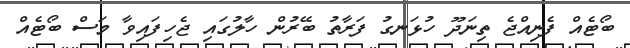
ބޯޓެއް ފެނިއްޖެ ތިނަދޫ ހުޅަނގު ފަރާތު ބޭރުން ހާލުގައި ޖެހިފައިވާ މަސް ބޯޓެއް